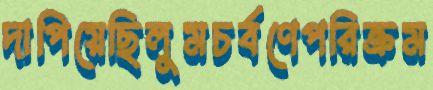
দাপিয়েছিলুমচর্বণেপরিক্রম